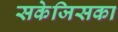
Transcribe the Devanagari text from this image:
सकेजिसका